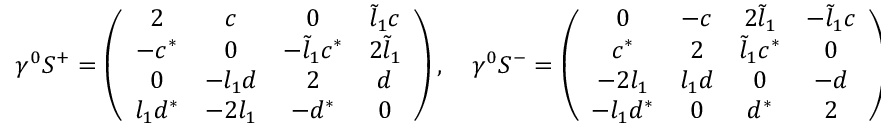
\gamma ^ { 0 } S ^ { + } = \left( \begin{array} { c c c c } { { 2 } } & { { c } } & { { 0 } } & { { \tilde { l } _ { 1 } c } } \\ { { - c ^ { * } } } & { { 0 } } & { { - \tilde { l } _ { 1 } c ^ { * } } } & { { 2 \tilde { l } _ { 1 } } } \\ { { 0 } } & { { - l _ { 1 } d } } & { { 2 } } & { { d } } \\ { { l _ { 1 } d ^ { * } } } & { { - 2 l _ { 1 } } } & { { - d ^ { * } } } & { { 0 } } \end{array} \right) , \quad \gamma ^ { 0 } S ^ { - } = \left( \begin{array} { c c c c } { { 0 } } & { { - c } } & { { 2 \tilde { l } _ { 1 } } } & { { - \tilde { l } _ { 1 } c } } \\ { { c ^ { * } } } & { { 2 } } & { { \tilde { l } _ { 1 } c ^ { * } } } & { { 0 } } \\ { { - 2 l _ { 1 } } } & { { l _ { 1 } d } } & { { 0 } } & { { - d } } \\ { { - l _ { 1 } d ^ { * } } } & { { 0 } } & { { d ^ { * } } } & { { 2 } } \end{array} \right) ,